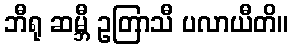
ဘီရု ဆမ္ဘီ ဥတြာသီ ပလာယီတိ။